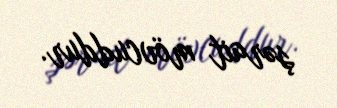
şərait mövcuddur.